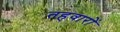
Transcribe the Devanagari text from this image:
तहवारों